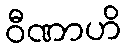
ဝီဏာဟိ